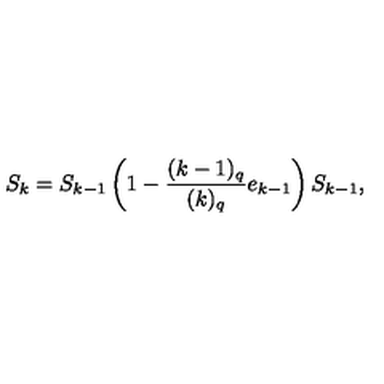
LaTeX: S _ { k } = S _ { k - 1 } \left( 1 - \frac { ( k - 1 ) _ { q } } { ( k ) _ { q } } e _ { k - 1 } \right) S _ { k - 1 } ,